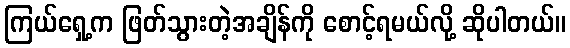
ကြယ်ရှေ့က ဖြတ်သွားတဲ့အချိန်ကို စောင့်ရမယ်လို့ ဆိုပါတယ်။